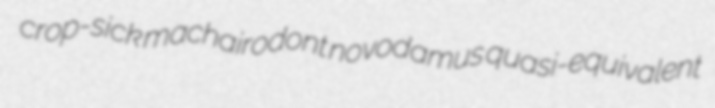
crop-sick machairodont novodamus quasi-equivalent